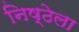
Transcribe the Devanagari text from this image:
निष्ठेला